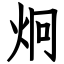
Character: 炯